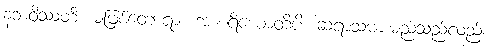
နဘဝိဿတိ၊ မဖြစ်တော့ရာ။ အာစရိယောတိပိ၊ ဆရာသမားမည်သည်လည်း။